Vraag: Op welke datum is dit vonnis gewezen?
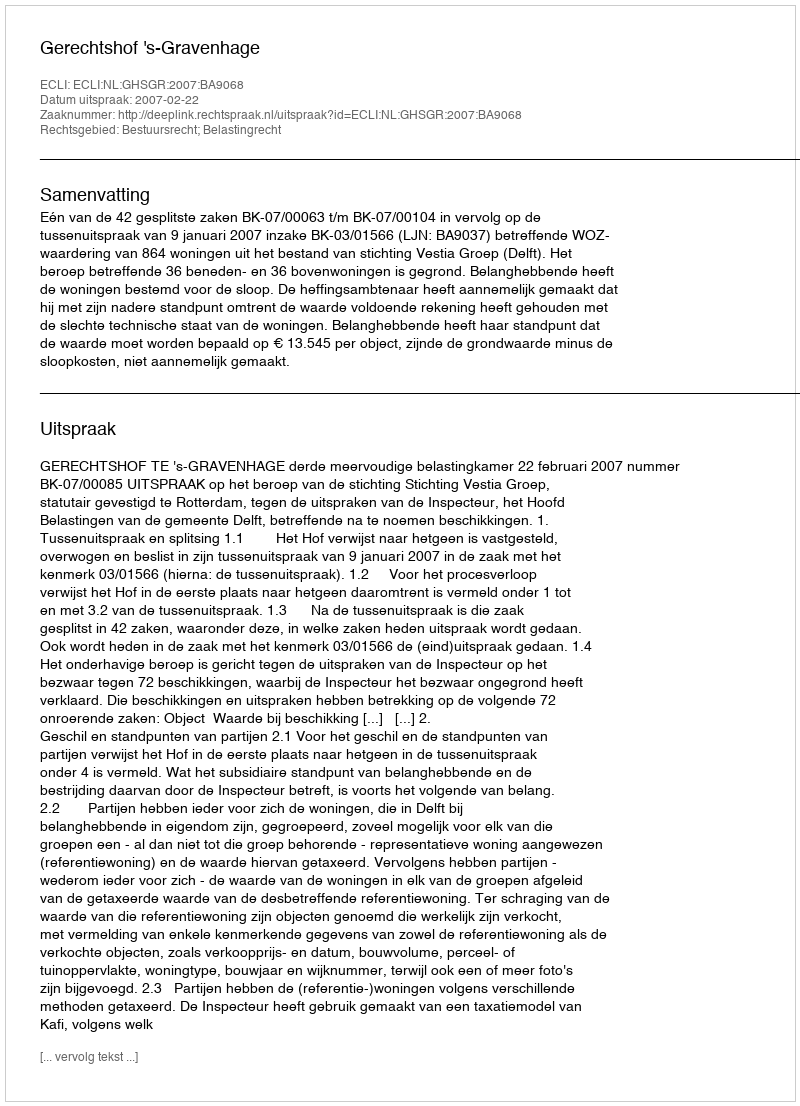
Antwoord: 2007-02-22